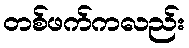
တစ်ဖက်ကလည်း